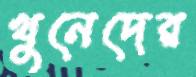
খুনেদের